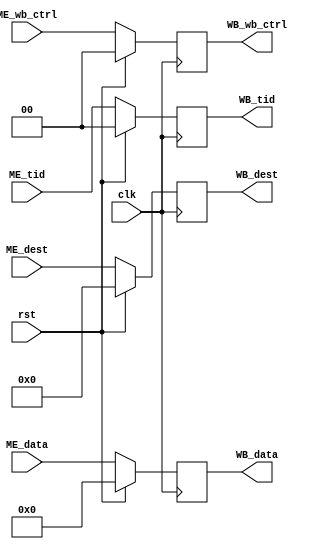
`timescale 1ns / 1ps
//////////////////////////////////////////////////////////////////////////////////
// Company: 
// Engineer: 
// 
// Design Name: 
// Module Name:    ME_WBreg 
// Project Name: 
// Target Devices: 
// Tool versions: 
// Description: 
//
// Dependencies: 
//
// Revision: 
// Revision 0.01 - File Created
// Additional Comments: 
//
//////////////////////////////////////////////////////////////////////////////////
module ME_WBreg(
    input [1:0] ME_wb_ctrl,
    input [63:0] ME_data,
    input [4:0] ME_dest,
    input [1:0] ME_tid,
    output [1:0] WB_wb_ctrl,
    output [63:0] WB_data,
    output [4:0] WB_dest,
    output [1:0] WB_tid,
    input clk,
    input rst
    );
	 
	 reg [1:0] wb_ctrl;
	 reg [63:0] data;
	 reg [4:0] dest;
	 reg [1:0] tid;
	 
	 assign WB_wb_ctrl = wb_ctrl;
	 assign WB_data = data;
	 assign WB_dest = dest;
	 assign WB_tid = tid;
	 
	 always @(posedge clk)
	 begin
		if(rst)
		begin
			wb_ctrl <= 0;
			data <= 0;
			dest <= 0;
			tid <= 0;
		end
		else
		begin
			wb_ctrl <= ME_wb_ctrl;
			data <= ME_data;
			dest <= ME_dest;
			tid <= ME_tid;
		end
	 end


endmodule